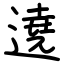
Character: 遶